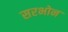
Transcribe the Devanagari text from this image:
सरभोन